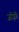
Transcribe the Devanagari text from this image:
जोड़ीं।